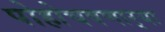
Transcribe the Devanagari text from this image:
पोहोचवणार्‍या